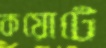
কয়োটে